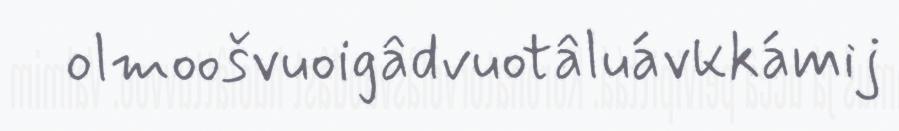
olmoošvuoigâdvuotâluávkkámij